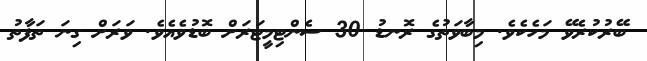
ބޭރުކުރެވޭ މަހެކެވެ. މިބާވަތުގެ ރޮނޑު 30 ސެންޓިމީޓަރަށް ބޮޑުވެއެވެ. ވަރަށް ގިނަ ތަފާތު